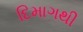
દિમાગથી